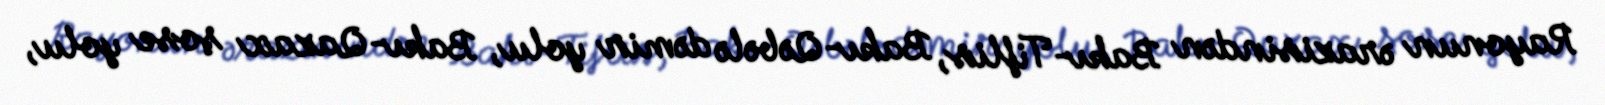
Rayonun ərazisindən Bakı-Tiflis, Bakı-Qəbələ dəmir yolu, Bakı-Qazax şose yolu,